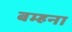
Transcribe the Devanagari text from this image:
बम्‍हना